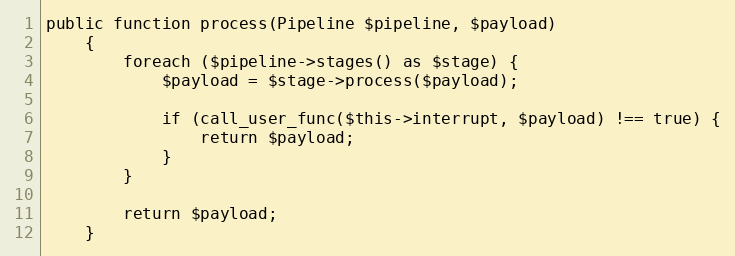
Language: PHP
public function process(Pipeline $pipeline, $payload)
    {
        foreach ($pipeline->stages() as $stage) {
            $payload = $stage->process($payload);

            if (call_user_func($this->interrupt, $payload) !== true) {
                return $payload;
            }
        }

        return $payload;
    }